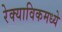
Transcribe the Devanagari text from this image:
रेक्याविकमध्ये